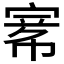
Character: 𡩅